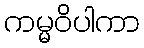
ကမ္မဝိပါကာ